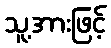
သူ့အားဖြင့်